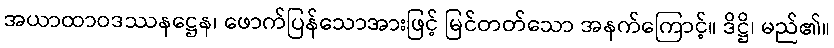
အယာထာဝဒဿနဋ္ဌေန၊ ဖောက်ပြန်သောအားဖြင့် မြင်တတ်သော အနက်ကြောင့်။ ဒိဋ္ဌိ၊ မည်၏။